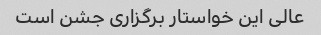
عالی این خواستار برگزاری جشن است